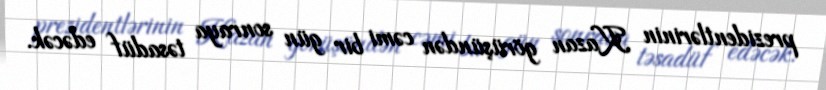
prezidentlərinin Kazan görüşündən cəmi bir gün sonraya təsadüf edəcək.